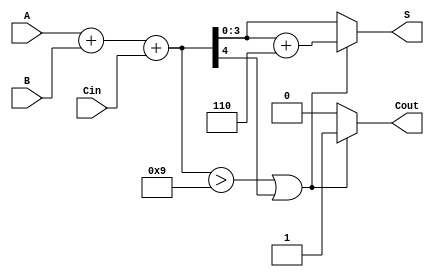
module BCD_Combinational_Adder (
    input  [3:0] A,     // First BCD digit
    input  [3:0] B,     // Second BCD digit
    input        Cin,    // Carry-in bit
    output [3:0] S,     // BCD sum result
    output reg   Cout    // Carry-out bit
);

    // Intermediate signals
    wire [4:0] Sum;              // 5-bit for sum to accommodate carry
    wire correction_needed;       // Flag to indicate if correction is needed
    wire [4:0] Corrected_Sum;    // Sum after correction (if needed)

    // Step 1: Perform binary addition of A, B, and Cin
    assign Sum = A + B + Cin;

    // Step 2: Determine if correction is needed
    assign correction_needed = (Sum > 9) || (Sum[4]);

    // Step 3: Correct the sum if needed
    assign Corrected_Sum = correction_needed ? (Sum + 5'd6) : Sum;

    // Step 4: Assign output values
    assign S = Corrected_Sum[3:0];  // BCD result
    always @(*) begin
        // Carry-out is set if correction was needed
        Cout = correction_needed ? 1'b1 : 1'b0;
    end

endmodule